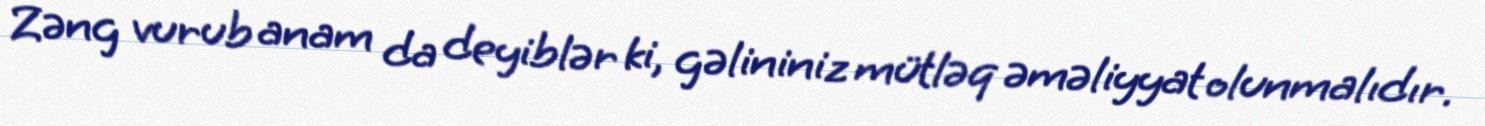
Zəng vurub anam da deyiblər ki, gəlininiz mütləq əməliyyat olunmalıdır.